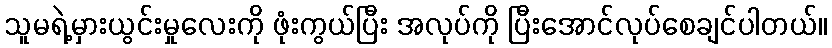
သူမရဲ့မှားယွင်းမှုလေးကို ဖုံးကွယ်ပြီး အလုပ်ကို ပြီးအောင်လုပ်စေချင်ပါတယ်။